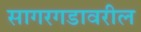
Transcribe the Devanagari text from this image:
सागरगडावरील